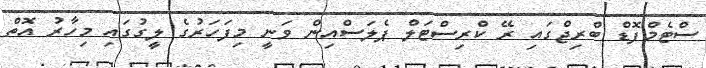
ސްޓެމްފޮޑް ބްރިޖްގައި ރޭ ކްރިސްޓަލް ޕެލަސްއިން ވަނީ މިފަހަރުގެ ލީގުގައި މިހާރު އޮތް